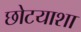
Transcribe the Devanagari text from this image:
छोटयाशा